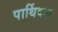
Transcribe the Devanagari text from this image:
पार्थिवत्व